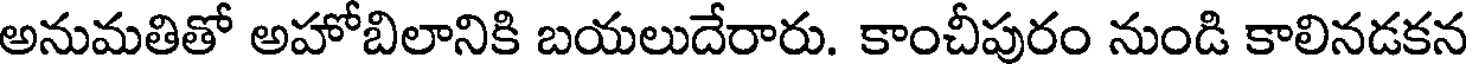
అనుమతితో అహోబిలానికి బయలుదేరారు. కాంచీపురం నుండి కాలినడకన